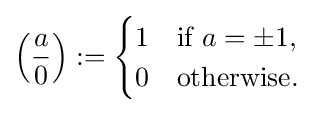
\left({\frac {a}{0}}\right):={\begin{cases}1&{\text{if }}a=\pm 1,\\0&{\text{otherwise.}}\end{cases}}